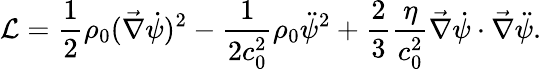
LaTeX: \mathcal{L}=\frac 12\rho_{0}(\vec{\nabla}\dot{\psi})^{2}-\frac{1}{2c_{0}^{2}}\rho_{0}\ddot{\psi}^{2}+\frac 23\frac{\eta}{c_{0}^{2}}\vec{\nabla}\dot{\psi}\cdot\vec{\nabla}\ddot{\psi}.